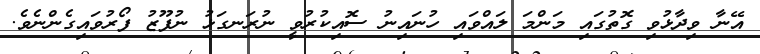
އޭނާ ވިދާޅުވި ގޮތުގައި މަންމަ ލައްވައި ހުނައިނު ސޮއިކުރުވީ ނުރަނގަޅު ނުފޫޒު ފޯރުވައިގެންނެވެ.